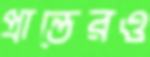
প্রান্তেরও